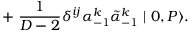
+ ~ { \frac { 1 } { D - 2 } } { \delta } ^ { i j } { \alpha } _ { - 1 } ^ { k } \tilde { \alpha } _ { - 1 } ^ { k } \mid 0 , P \rangle .